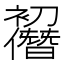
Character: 𠠭